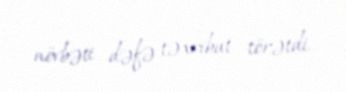
növbəti dəfə təxribat törətdi.